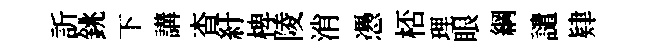
訢銚下講杳紆椑陵消慿桮理眼綱譴肄